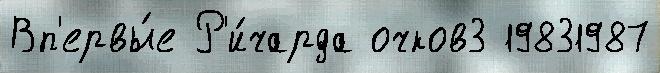
Вп'ервы́е Р'и́чарда очков3 19831987